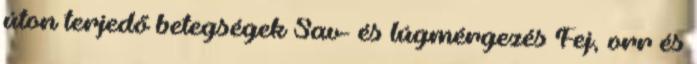
úton terjedő betegségek Sav- és lúgmérgezés Fej, orr és